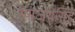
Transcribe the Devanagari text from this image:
रणजयसिंह